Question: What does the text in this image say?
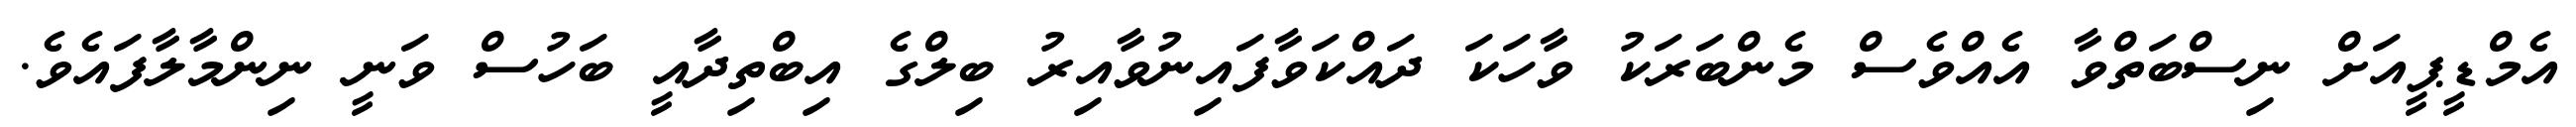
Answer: އެމްޑީޕީއަށް ނިސްބަތްވާ އެއްވެސް މެންބަރަކު ވާހަކަ ދައްކަވާފައިނުވާއިރު ބިލްގެ އިބްތިދާއީ ބަހުސް ވަނީ ނިންމާލާފައެވެ.